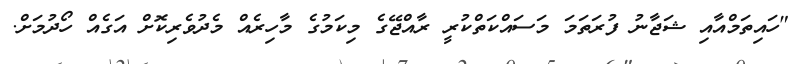
"ހައިތަމްއާއި ޝަޖާނު ފުރަތަމަ މަސައްކަތްކުރީ ރާއްޖޭގެ މިކަމުގެ މާހިރެއް މެދުވެރިކޮށް އަގެއް ހޯދުމަށް.